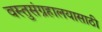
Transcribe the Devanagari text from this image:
वस्तुसंग्रहालयासाठी